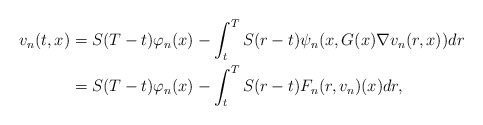
\begin{align*}v_n(t,x)& = S(T-t)\varphi_n(x)-\int_t^TS(r-t)\psi_n(x,G(x)\nabla v_n(r,x))dr \\& = S(T-t)\varphi_n(x)-\int_t^TS(r-t)F_n(r,v_n)(x)dr, \\\end{align*}